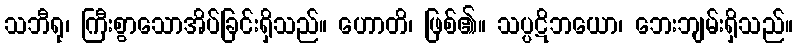
သဘီရု၊ ကြီးစွာသောအိပ်ခြင်းရှိသည်။ ဟောတိ၊ ဖြစ်၏။ သပ္ပဋိဘယော၊ ဘေးဘျမ်းရှိသည်။